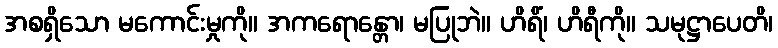
အစရှိသော မကောင်းမှုကို။ အကရောန္တော၊ မပြုဘဲ။ ဟိရိံ၊ ဟိရီကို။ သမုဋ္ဌာပေတိ၊